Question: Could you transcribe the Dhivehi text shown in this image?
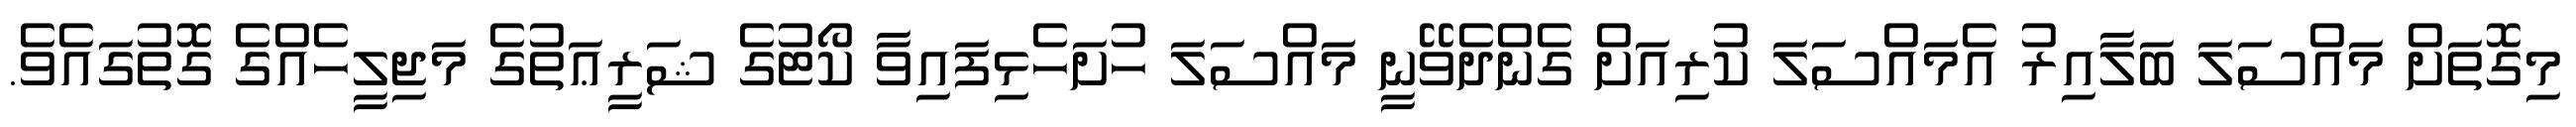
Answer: މިގޮތަށް މައްސަލަ ބަލާއިރު އެމައްސަލަ ކުރިއަށް ގެންދެވޭނީ މައްސަލަ ހުށަހެޅިފައިވާ ކޯޓުގެ ޝަރީޢަތުގެ މަޖިލީހެއްގެ ގޮތުގައެވެ.